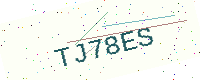
Text: TJ78ES